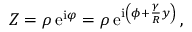
Z = \rho \, \mathrm { e } ^ { \mathrm { i } \varphi } = \rho \, \mathrm { e } ^ { \mathrm { i } \left( \phi + { \frac { \gamma } { R } } y \right) } \, ,